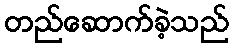
တည်ဆောက်ခဲ့သည်